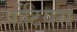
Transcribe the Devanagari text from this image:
पोंटियस